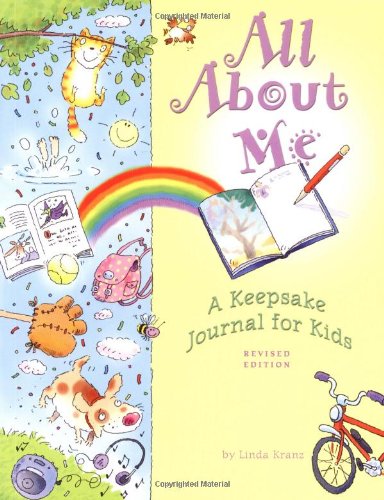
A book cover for All About Me: A Keepsake Journal for Kids; Linda Kranz; Children's Books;